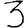
Digit: 3